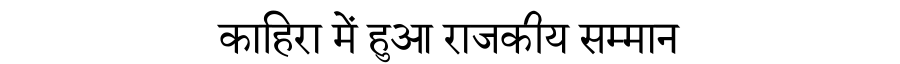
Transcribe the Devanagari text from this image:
काहिरा में हुआ राजकीय सम्मान